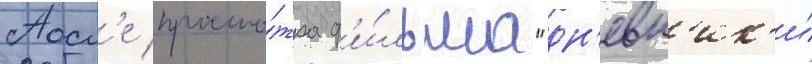
Посл'е просмо́тра ф'и́льма "дн'евн'ик'и́